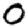
Digit: 0